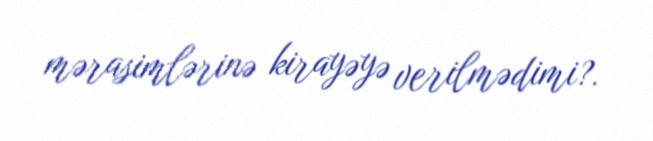
mərasimlərinə kirayəyə verilmədimi?.